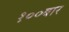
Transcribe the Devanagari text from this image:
१००बार